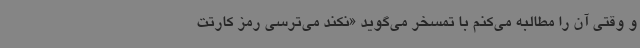
و وقتی آن را مطالبه می‌کنم با تمسخر می‌گوید «نکند می‌ترسی رمز کارتت